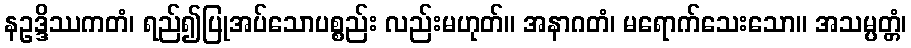
နဥဒ္ဒိဿကတံ၊ ရည်၍ပြုအပ်သောပစ္စည်း လည်းမဟုတ်။ အနာဂတံ၊ မရောက်သေးသော။ အသမ္ပတ္တံ၊